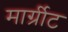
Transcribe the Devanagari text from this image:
मार्ग्रीट